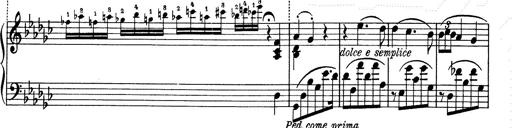
Title: 6 Polish Songs
Composer: Franz Liszt